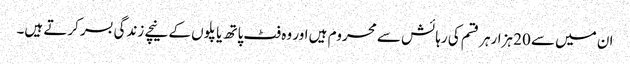
ان میں سے 20 ہزارہر قسم کی رہائش سے محروم ہیں اور وہ فٹ پاتھ یا پلوں کے نیچے زندگی بسر کرتے ہیں۔